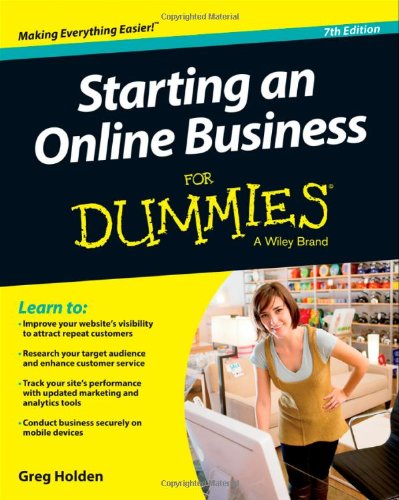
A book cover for Starting an Online Business For Dummies; Greg Holden; Computers & Technology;